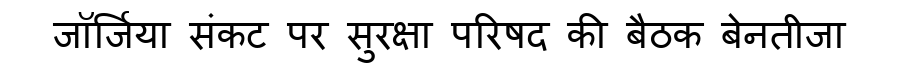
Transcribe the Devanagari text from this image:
जॉर्जिया संकट पर सुरक्षा परिषद की बैठक बेनतीजा